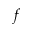
f